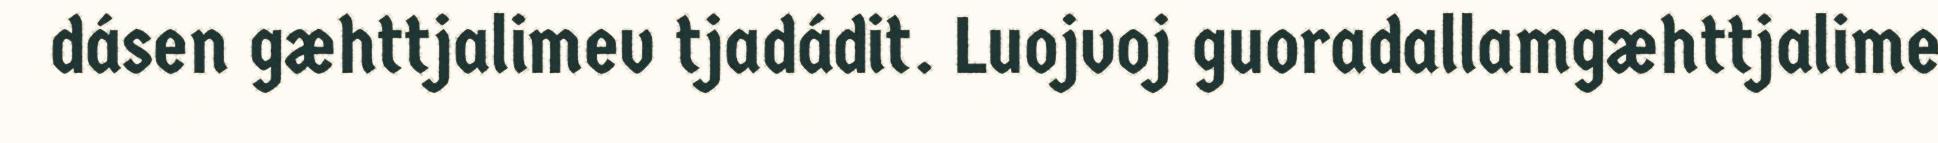
dásen gæhttjalimev tjadádit. Luojvoj guoradallamgæhttjalime